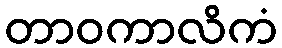
တာဝကာလိကံ